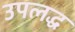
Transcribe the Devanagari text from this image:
उपलद्ध